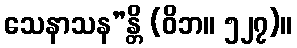
သေနာသန”န္တိ (ဝိဘ။ ၅၂၇)။